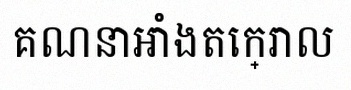
គណនាអាំងតេក្រាល